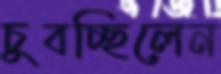
চুবচ্ছিলেন